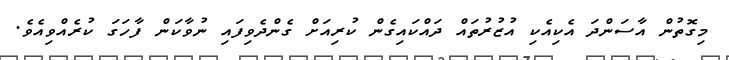
މިގޮތުން އާސަންދަ އެކިއެކި އުޒުރުތައް ދައްކައިގެން ކުރިއަށް ގެންދެވިފައި ނުވާކަން ފާހަގަ ކުރެއްވިއެވެ.